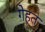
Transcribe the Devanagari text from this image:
गेहत